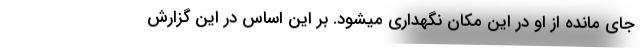
جای مانده از او در این مکان نگهداری میشود. بر این اساس در این گزارش